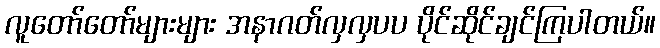
လူတော်တော်များများ အနာဂတ်လှလှပပ ပိုင်ဆိုင်ချင်ကြပါတယ်။